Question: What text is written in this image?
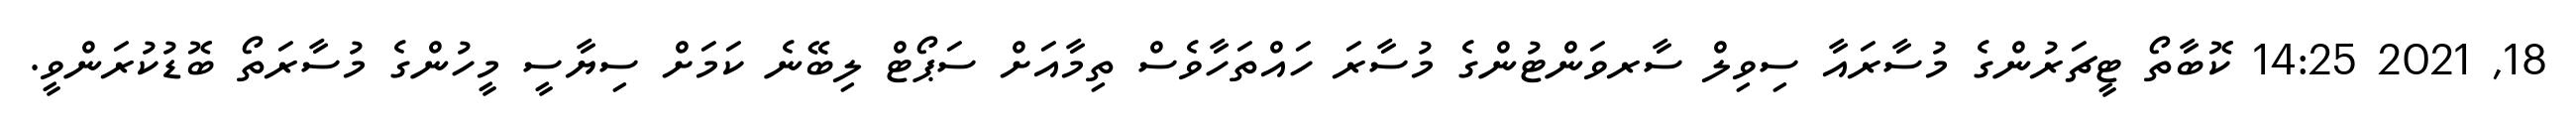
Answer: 18, 2021 14:25 ކޮބާތޯ ޓީޗަރުންގެ މުސާރައާ ސިވިލް ސާރވަންޓުންގެ މުސާރަ ހައްތަހާވެސް ތިމާއަށް ސަޕޯޓް ލިބޭނެ ކަމަށް ސިޔާސީ މީހުންގެ މުސާރަތޯ ބޮޑުކުރަންވީ.